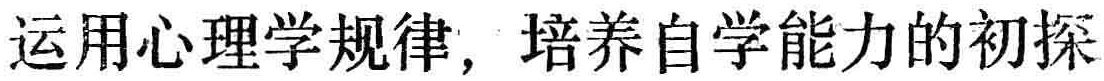
运用心理学规律, 培养自学能力的初探